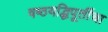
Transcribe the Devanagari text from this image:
षष्ठयद्धिपूर्तीचा